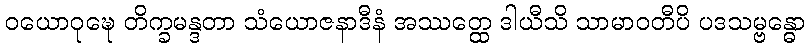
ဝယောဝုဍ္ဎေ တိက္ခမန္ဒတာ သံယောဇနာဒီနံ အဿတ္ထေ ဒါယီသိ သာမာဝတီပိ ပဒသမ္ဗန္ဓော